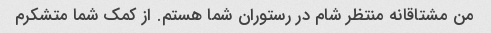
من مشتاقانه منتظر شام در رستوران شما هستم. از کمک شما متشکرم